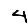
Digit: 4